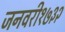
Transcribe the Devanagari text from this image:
जनवरी१७३२